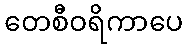
တေစီဝရိကာပေ